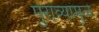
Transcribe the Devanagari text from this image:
पुराव्यांमुळे